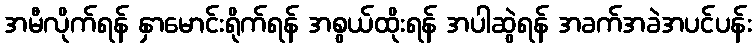
အမီလိုက်ရန် နှာမောင်းရိုက်ရန် အစွယ်ထိုးရန် အပါဆွဲရန် အခက်အခဲအပင်ပန်း